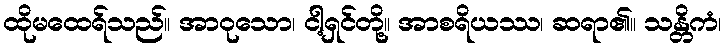
ထိုမထေရ်သည်။ အာဝုသော၊ ငါ့ရှင်တို့။ အာစရိယဿ၊ ဆရာ၏။ သန္တိကံ၊